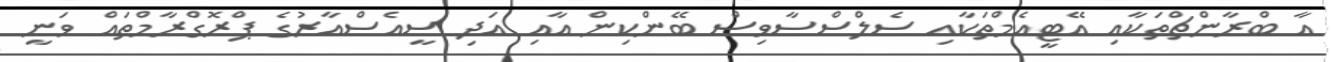
އާ ބްރާންޗްތަކާއި އޭޓީއެމްތަކާއި ސެލްސްސާވިސް ބޭންކިން އާއި އަދި ސީއެސްއާރުގެ ޕްރޮގްރާމްތައް ވަނީ